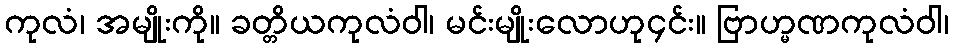
ကုလံ၊ အမျိုးကို။ ခတ္တိယကုလံဝါ၊ မင်းမျိုးလောဟု၄င်း။ ဗြာဟ္မဏကုလံဝါ၊